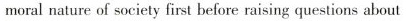
moral nature of society first before raising questions about